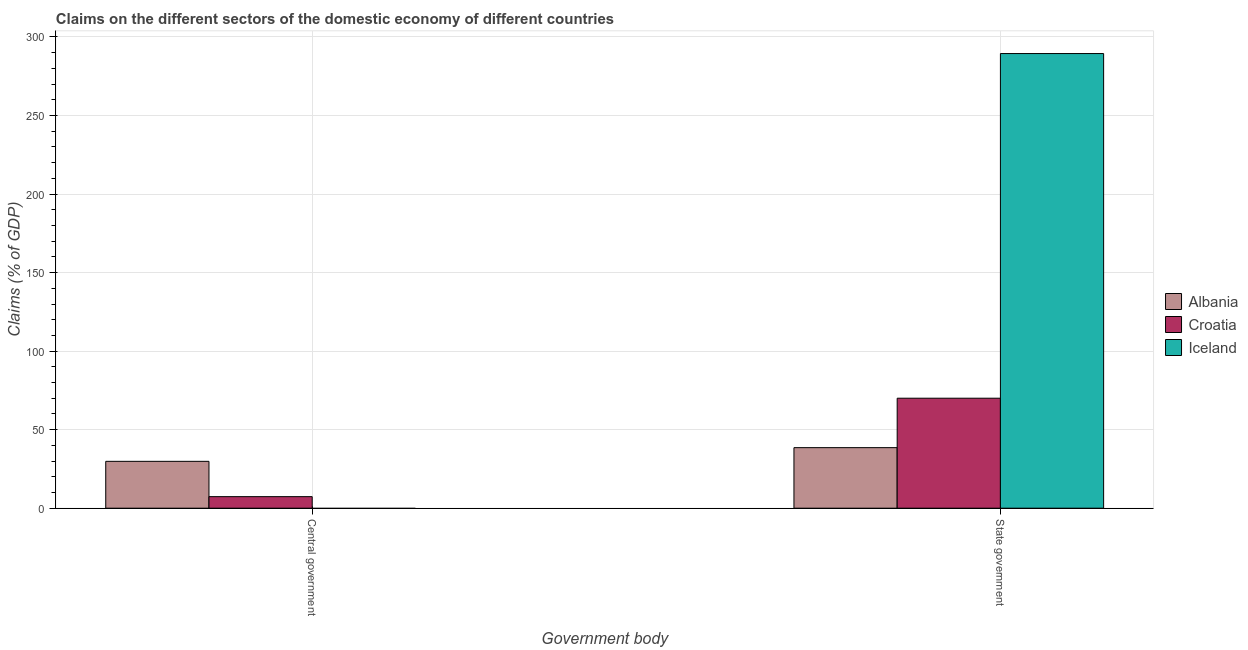
| Government body | Albania | Croatia | Iceland |
 | --- | --- | --- | --- |
 | Central government | 29.8 | 7.35 | -2.86 |
 | State government | 38.5 | 70 | 289 |